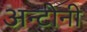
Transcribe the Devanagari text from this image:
अन्टोनी